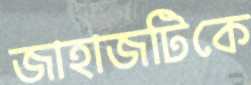
জাহাজটিকে